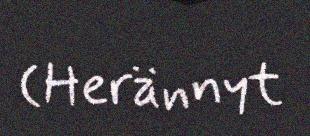
(Herännyt